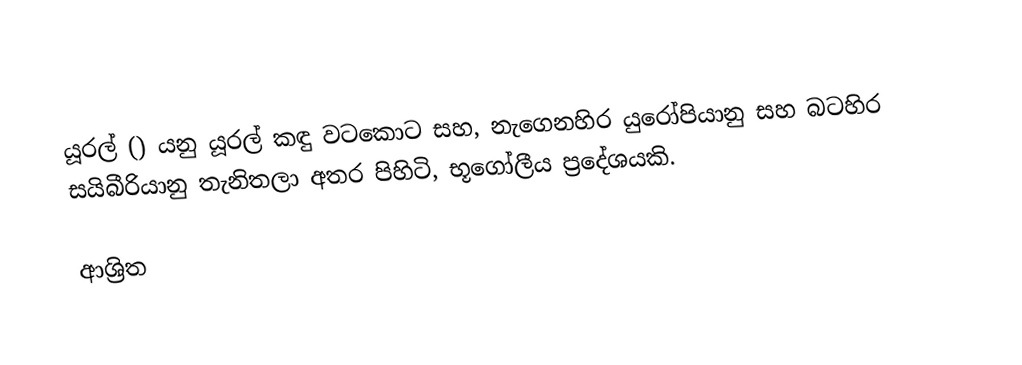
යූරල් () යනු  යූරල් කඳු වටකොට සහ, නැගෙනහිර යුරෝපියානු සහ  බටහිර සයිබීරියානු තැනිතලා අතර පිහිටි, භූගෝලීය ප්‍රදේශයකි.

ආශ්‍රිත